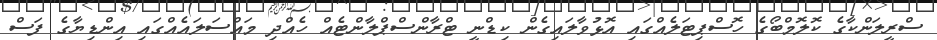
ސްރީލަންކާގެ ކޮލޮމްބޯގެ ހޮސްޕިޓަލެއްގައި އޮޅުވާލައިގެން ކިޑްނީ ޓްރާންސްޕްލާންޓެއް ހެއްދި މައްސަލައެއްގައި އިންޑިޔާގެ ފަސް